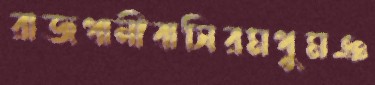
রাজধানীবাসিরমধুমঞ